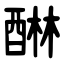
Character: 醂